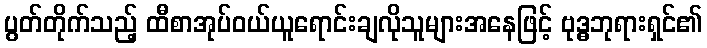
ပွတ်တိုက်သည့် ထီစာအုပ်ဝယ်ယူရောင်းချလိုသူများအနေဖြင့် ဗုဒ္ဓဘုရားရှင်၏